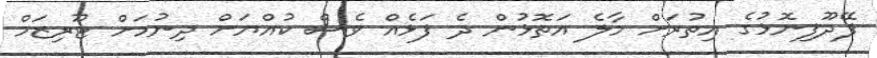
ފޭދޫފިނޮޅުގެ އިތުރަށް މާލެ އަތޮޅުން ދެ ފަޅެއް ވެސް ކުއްޔަށް ދިނުމަށް ޓޫރިޒަމް